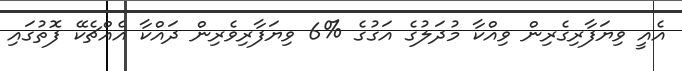
އެއީ ވިޔަފާރިގެރިން ވިއްކާ މުދަލުގެ އަގުގެ %6 ވިޔަފާރިވެރިން ދައްކާ އެއްޗެކޭ ފޮތުގައި